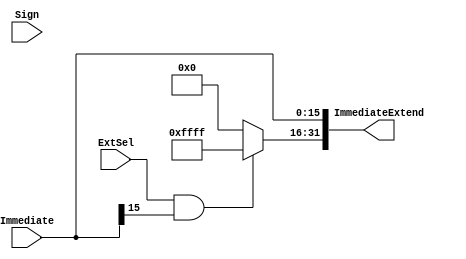
`timescale 1ns / 1ps
//////////////////////////////////////////////////////////////////////////////////
// Company: 
// Engineer: 
// 
// Design Name: 
// Module Name: signZeroExtend
// Project Name: 
// Target Devices: 
// Tool Versions: 
// Description: 
// 
// Dependencies: 
// 
// Revision:
// Revision 0.01 - File Created
// Additional Comments:
// 
//////////////////////////////////////////////////////////////////////////////////


module signZeroExtend(
    input ExtSel,               
    input Sign,                 
    input [15:0] Immediate,     
    output [31:0] ImmediateExtend        
    );
    assign ImmediateExtend[15:0] = Immediate[15:0];
    assign ImmediateExtend[31:16] = (ExtSel && Immediate[15]) ? 16'hFFFF : 16'h0000;
endmodule